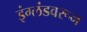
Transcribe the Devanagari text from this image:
इंग्लंडवरून